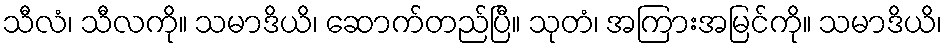
သီလံ၊ သီလကို။ သမာဒိယိ၊ ဆောက်တည်ပြီ။ သုတံ၊ အကြားအမြင်ကို။ သမာဒိယိ၊